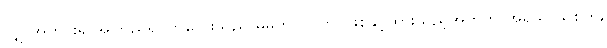
လျှာအတွင်းရှိ အကြည်ရုပ်ကလေးသည် မိမိက ကြိုတင်ဖြစ်နှင့်ထားသည့်အတွက် အရသာသိစိတ်,